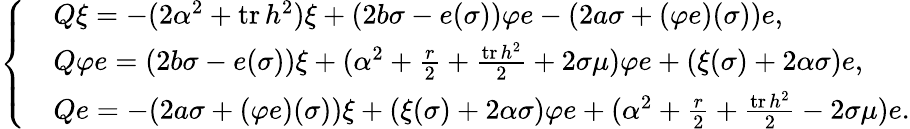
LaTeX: \left\{ \begin{array}{ll}&{Q\xi=-(2\alpha^{2}+\operatorname{tr}h^{2})\xi+(2b\sigma-e(\sigma))\varphi e-(2a\sigma+(\varphi e)(\sigma))e,}\\ &{Q\varphi e=(2b\sigma-e(\sigma))\xi+(\alpha^{2}+\frac{r}{2}+\frac{\operatorname{tr}h^{2}}{2}+2\sigma\mu)\varphi e+(\xi(\sigma)+2\alpha\sigma)e,}\\ &{Qe=-(2a\sigma+(\varphi e)(\sigma))\xi+(\xi(\sigma)+2\alpha\sigma)\varphi e+(\alpha^{2}+\frac{r}{2}+\frac{\operatorname{tr}h^{2}}{2}-2\sigma\mu)e.}\end{array}\right.